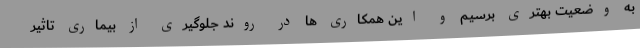
به وضعیت بهتری برسیم و این همکاری ها در روند جلوگیری از بیماری تاثیر